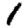
Digit: 1